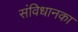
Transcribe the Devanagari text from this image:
संविधानका